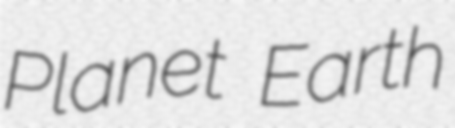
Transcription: Planet Earth